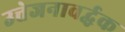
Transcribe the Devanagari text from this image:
उत्तेजनावर्द्धक